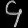
Digit: ၄